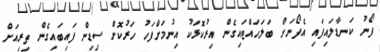
ފޯނު ކަނޑާލައިފައި އެފޯނަށް ބަލަހައްޓައިގެން އިރުކޮޅަކު އިނުމަށްފަހު ހަރުކޮށް ސިޑިން ފައިބައިގެން ތިރިއަށް